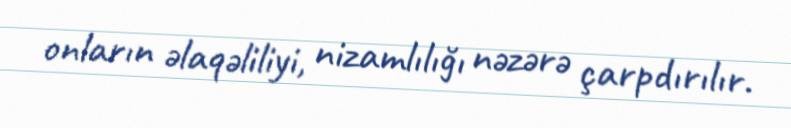
onların əlaqəliliyi, nizamlılığı nəzərə çarpdırılır.